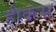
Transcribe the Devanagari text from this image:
हीकंस